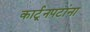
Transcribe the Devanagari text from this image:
कार्टूनपटांना